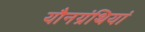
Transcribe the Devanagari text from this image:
यौनग्रंथियां